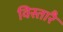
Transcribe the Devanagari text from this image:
विस्तारै